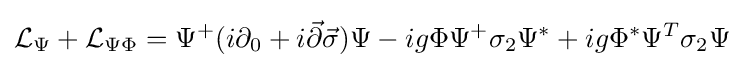
{\mathcal {L}}_{\Psi }+{\mathcal {L}}_{\Psi \Phi }=\Psi ^{+}(i\partial _{0}+i{\vec {\partial }}{\vec {\sigma }})\Psi -ig\Phi \Psi ^{+}\sigma _{2}\Psi ^{*}+ig\Phi ^{*}\Psi ^{T}\sigma _{2}\Psi